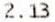
2.13